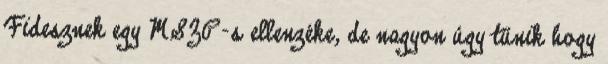
Fidesznek egy MSZP-s ellenzéke, de nagyon úgy tűnik hogy